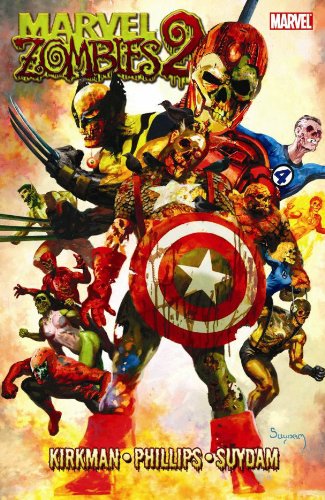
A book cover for Marvel Zombies, Vol. 2; Robert Kirkman; Comics & Graphic Novels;